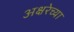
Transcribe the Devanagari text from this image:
अक्षरेच्या